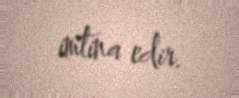
imtina edir.